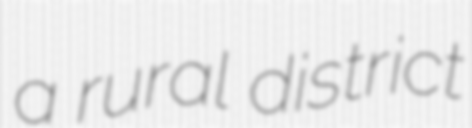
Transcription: a rural district